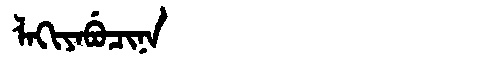
Manchu: ᠯᠠᡴᡳᠶᠠᠪᡠᠴᡳᠨᠠ
Romanization: LAKIYABUCINA